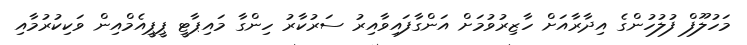
މަހުލޫފް ފުލުހުންގެ އިދާރާއަށް ހާޒިރުވުމަށް އަންގާފައިވާއިރު ސަރުކާރު ހިންގާ މައިޕާޓީ ޕީޕީއެމްއިން ވަކިކުރުމާއި